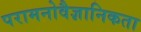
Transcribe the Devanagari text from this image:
परामनोवैज्ञानिकता